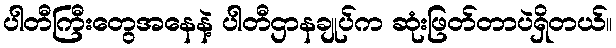
ပါတီကြီးတွေအနေနဲ့ ပါတီဌာနချုပ်က ဆုံးဖြတ်တာပဲရှိတယ်။